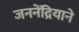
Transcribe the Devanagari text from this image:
जननेंद्रियाने